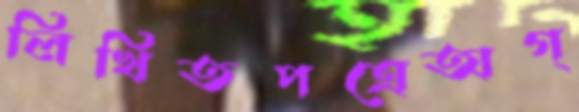
লিখিতপত্রেঅগ্